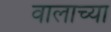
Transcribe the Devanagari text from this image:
वालाच्या